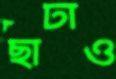
ছাটাও